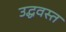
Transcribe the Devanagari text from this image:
उद्धवस्त